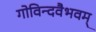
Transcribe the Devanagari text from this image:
गोविन्दवैभवम्